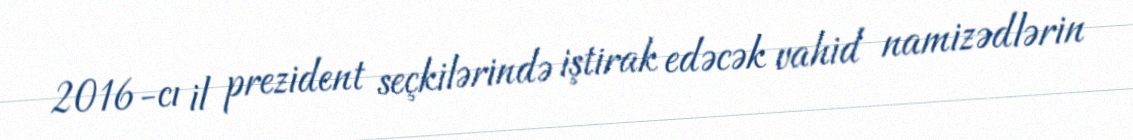
2016-cı il prezident seçkilərində iştirak edəcək vahid namizədlərin